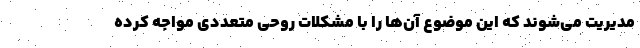
مدیریت می‌شوند که این موضوع آن‌ها را با مشکلات روحی متعددی مواجه کرده